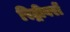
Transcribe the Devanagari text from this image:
रिट्रीवरों